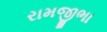
રામજીભા